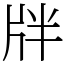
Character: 牉